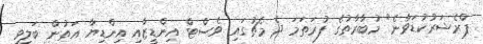
ޕްރެޝަރުކުޑަވާނެ" މުބާރާތުގެ ފުރަތަމަ ދެ މެޗުގައި ވެސްޓް އިންޑީޒާއި އިންޑިޔާ އަތުން ބަލިވި